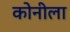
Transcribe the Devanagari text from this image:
कोनीला